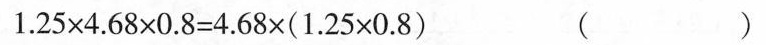
$$1 . 2 5 \times 4 . 6 8 \times 0 . 8 = 4 . 6 8 \times ( 1 . 2 5 × 0 .8 )$$ （）